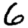
Digit: 6